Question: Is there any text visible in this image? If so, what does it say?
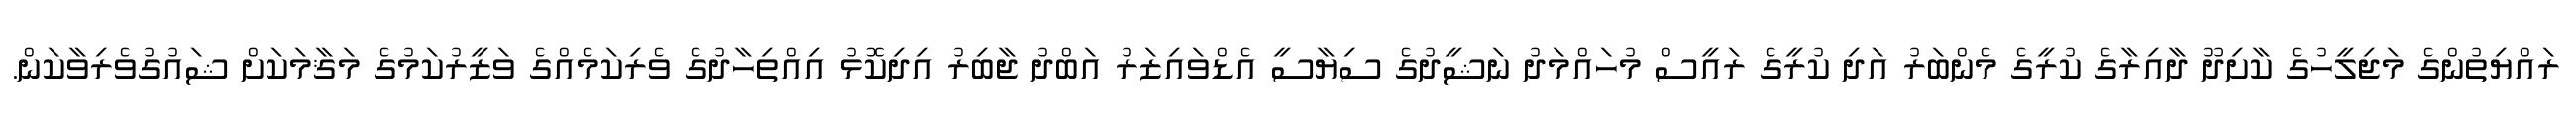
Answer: ރައްޔިތުންގެ މަޖިލީހުގެ ކާށިދޫ ދާއިރާގެ ކުރީގެ މެންބަރު އަދި ކުރީގެ ރައީސް މުހައްމަދު ނަޝީދުގެ ސިޔާސީ އެޑްވައިޒަރު އަބްދު ޖާބިރު އިދިކޮޅު އިއްތިހާދުގެ ވެރިކަމެއްގެ ވަޒީރުކަމުގެ މަޤާމަކަށް ޝައުގުވެރިވާކަން.